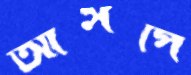
আসপে